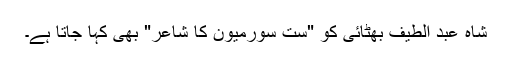
شاہ عبد الطیف بھٹائی کو "ست سورمیون کا شاعر" بھی کہا جاتا ہے۔